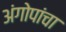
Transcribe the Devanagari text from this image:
अंगोपांचा